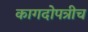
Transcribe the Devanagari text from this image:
कागदोपत्रीच